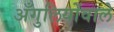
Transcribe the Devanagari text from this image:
अँगुलियोंवाले